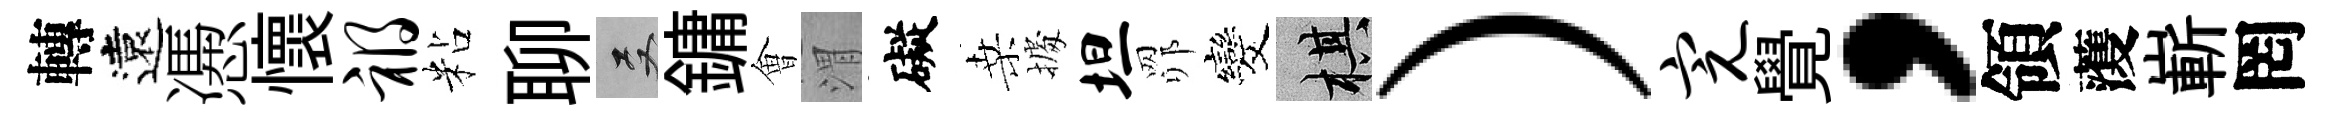
轉遠慿懷祸粘聊双鏞㑹渭礙桑𢴃坦𦊑发棋）完覺，領𮑮嶄罔